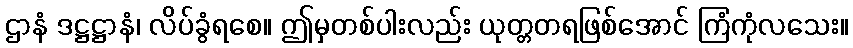
ဌာနံ ဒဋ္ဌဋ္ဌာနံ၊ လိပ်ခွံရစေ။ ဤမှတစ်ပါးလည်း ယုတ္တတရဖြစ်အောင် ကြံကုံလသေး။